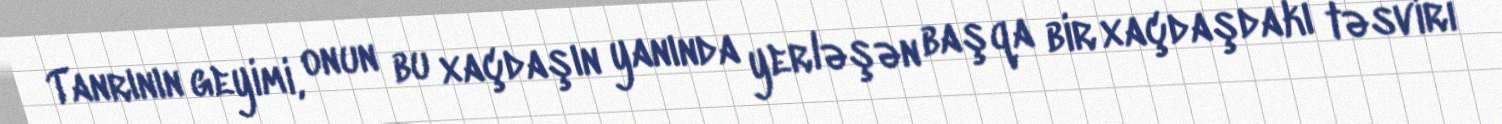
Tanrının geyimi, onun bu xaçdaşın yanında yerləşən başqa bir xaçdaşdakı təsviri